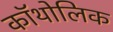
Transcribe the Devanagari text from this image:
कॉथोलिक